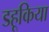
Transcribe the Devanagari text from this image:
डहूकिया